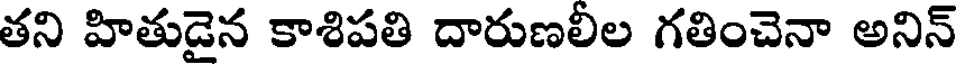
తని హితుడైన కాశిపతి దారుణలీల గతించెనా అనిన్